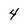
Character: 4